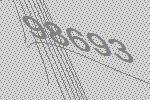
98693